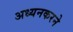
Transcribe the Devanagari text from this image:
अध्यनकरने